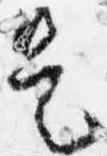
是